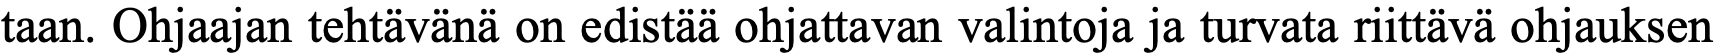
taan. Ohjaajan tehtävänä on edistää ohjattavan valintoja ja turvata riittävä ohjauksen